Annual administration and progress report of the Indian Medical Department, Bombay
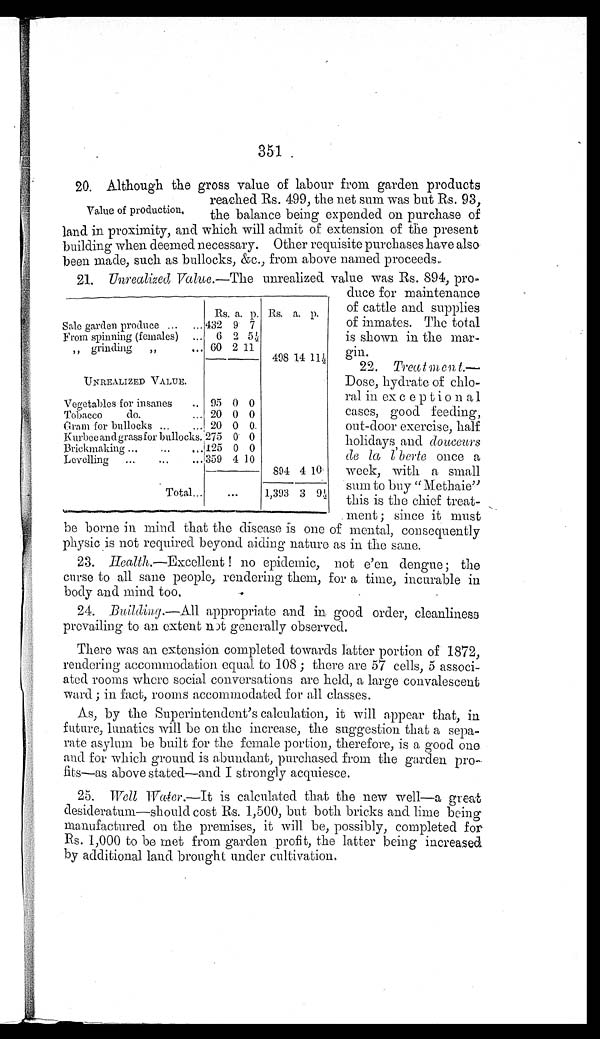
351
20. Although the gross value of labour from garden products
reached Rs. 499, the net sum was but Rs. 93,
Value of production.
the balance being expended on purchase of
land in proximity, and which will admit of extension of the present
building when deemed necessary. Other requisite purchases have also
been made, such as bullocks, &c., from above named proceeds.
21 . Unrealized Value .—The unrealized value was Rs. 894, pro-
Rs. a. p. Rs. a. p.
Sale garden produce ...
... 432 9 7
From spinning (females)
...
6 2 5½
„ grinding
„
... 60 2 11
498 14 11½
UNREALIZED VALUE.
Vegetables for insanes
.. 95 0 0
Tobacco
do.
... 20 0 0
Gram for bullocks ...
... 20 0 0
Kurbee and grass for bullocks. 275 0 0
Brickmakiug ...
...
..125 0 0
Levelling
...
...
... 359 4 10
894 4 l0
Total...
...
1,393 3 9½
duce for maintenance
of cattle and supplies
of inmates. The total
is shown in the mar-
gin.
22. Treatment.—
Dose, hydrate of
chlo-ral in exceptional
cases, good feeding,
out-door exercise, half
holidays , and douceurs
de la l' berieo n c e a
week, with a small
sum to buy "Methaie"
this is the chief treat-
ment; since it must
be borne in mind that the disease is one of mental, consequently
physic is not required beyond aiding nature as in the sane.
23. Health .—Excellent ! no epidemic, not e'en dengue ; the
curse to all sane people, rendering them, for a time, incurable in
body and mind too.
24.
Building.— All appropriate and in good order, cleanliness
prevailing to an extent not generally observed.
There was an extension completed towards latter portion of 1872,
rendering accommodation equal to 108 ; there are 57 cells, 5 associ-
ated rooms where social conversations are held, a large convalescent
ward; in fact, rooms accommodated for all classes.
As, by the Superintendent's calculation, it will appear that, in
future, lunatics will be on the increase, the suggestion that a sepa-
rate asylum be built for the female portion, therefore, is a good one
and for which ground is abundant, purchased from the garden
pro-fits—as above stated—and I strongly acquiesce.
25. Well Water.—It is calculated that the new well—a great
desideratum—should cost Rs. 1,500, but both bricks and lime being
manufactured on the premises, it will be, possibly, completed for
Rs. 1,000 to be met from garden profit, the latter being increased
by additional land brought under cultivation.